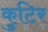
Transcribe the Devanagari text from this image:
कुटिर